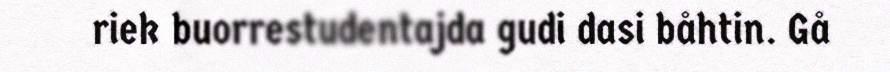
riek buorrestudentajda gudi dasi båhtin. Gå